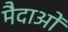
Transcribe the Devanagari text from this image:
मैदाओं